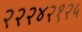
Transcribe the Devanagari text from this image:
२२२४२१२५